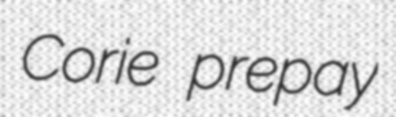
Corie prepay